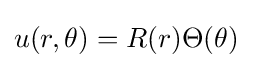
u(r,\theta )=R(r)\Theta (\theta )